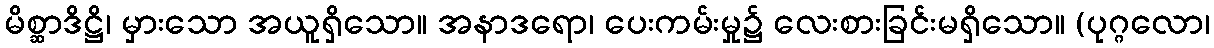
မိစ္ဆာဒိဋ္ဌိ၊ မှားသော အယူရှိသော။ အနာဒရော၊ ပေးကမ်းမှု၌ လေးစားခြင်းမရှိသော။ (ပုဂ္ဂလော၊